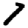
Digit: 7